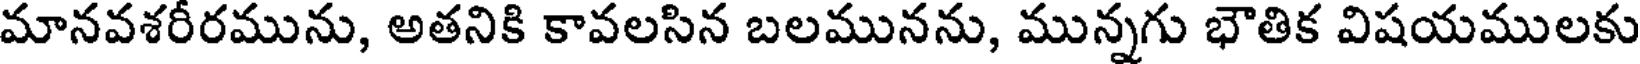
మానవశరీరమును, అతనికి కావలసిన బలమునను, మున్నగు భౌతిక విషయములకు